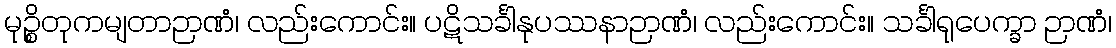
မုဉ္စိတုကမျတာဉာဏံ၊ လည်းကောင်း။ ပဋိသင်္ခါနုပဿနာဉာဏံ၊ လည်းကောင်း။ သင်္ခါရုပေက္ခာ ဉာဏံ၊